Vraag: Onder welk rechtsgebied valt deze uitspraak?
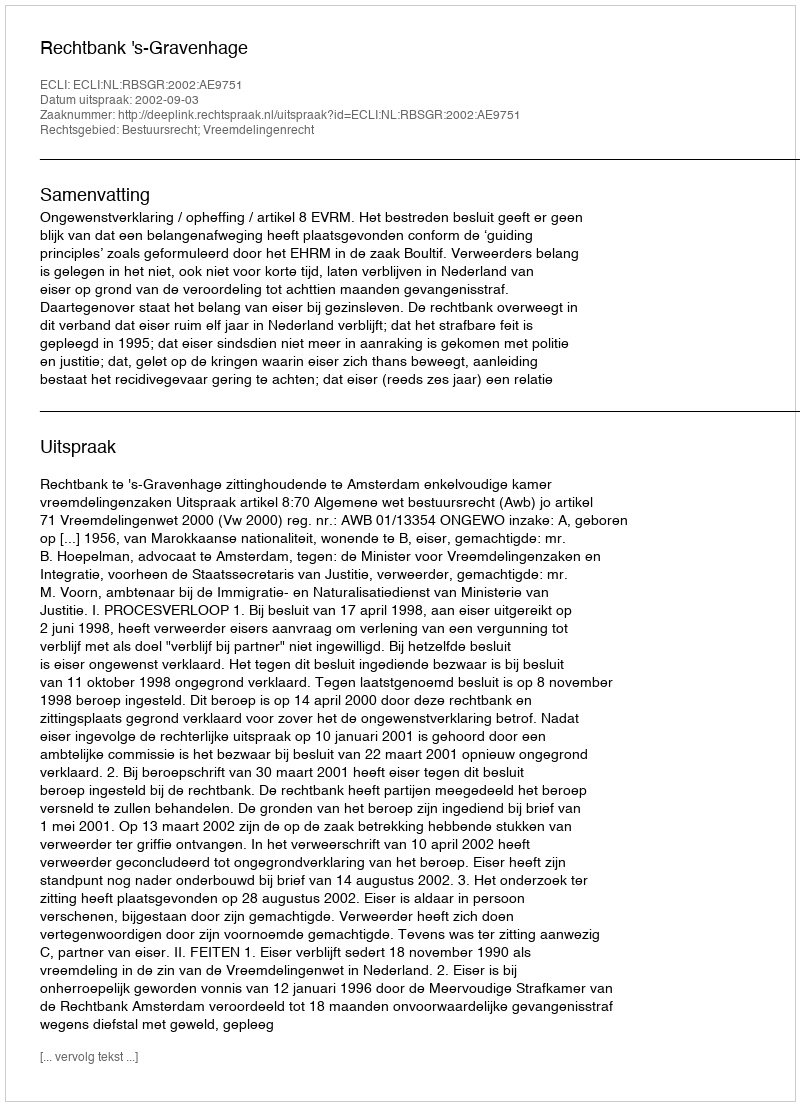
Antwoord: Bestuursrecht; Vreemdelingenrecht